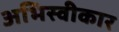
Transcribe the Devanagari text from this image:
अभिस्वीकार